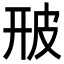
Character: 𤿐